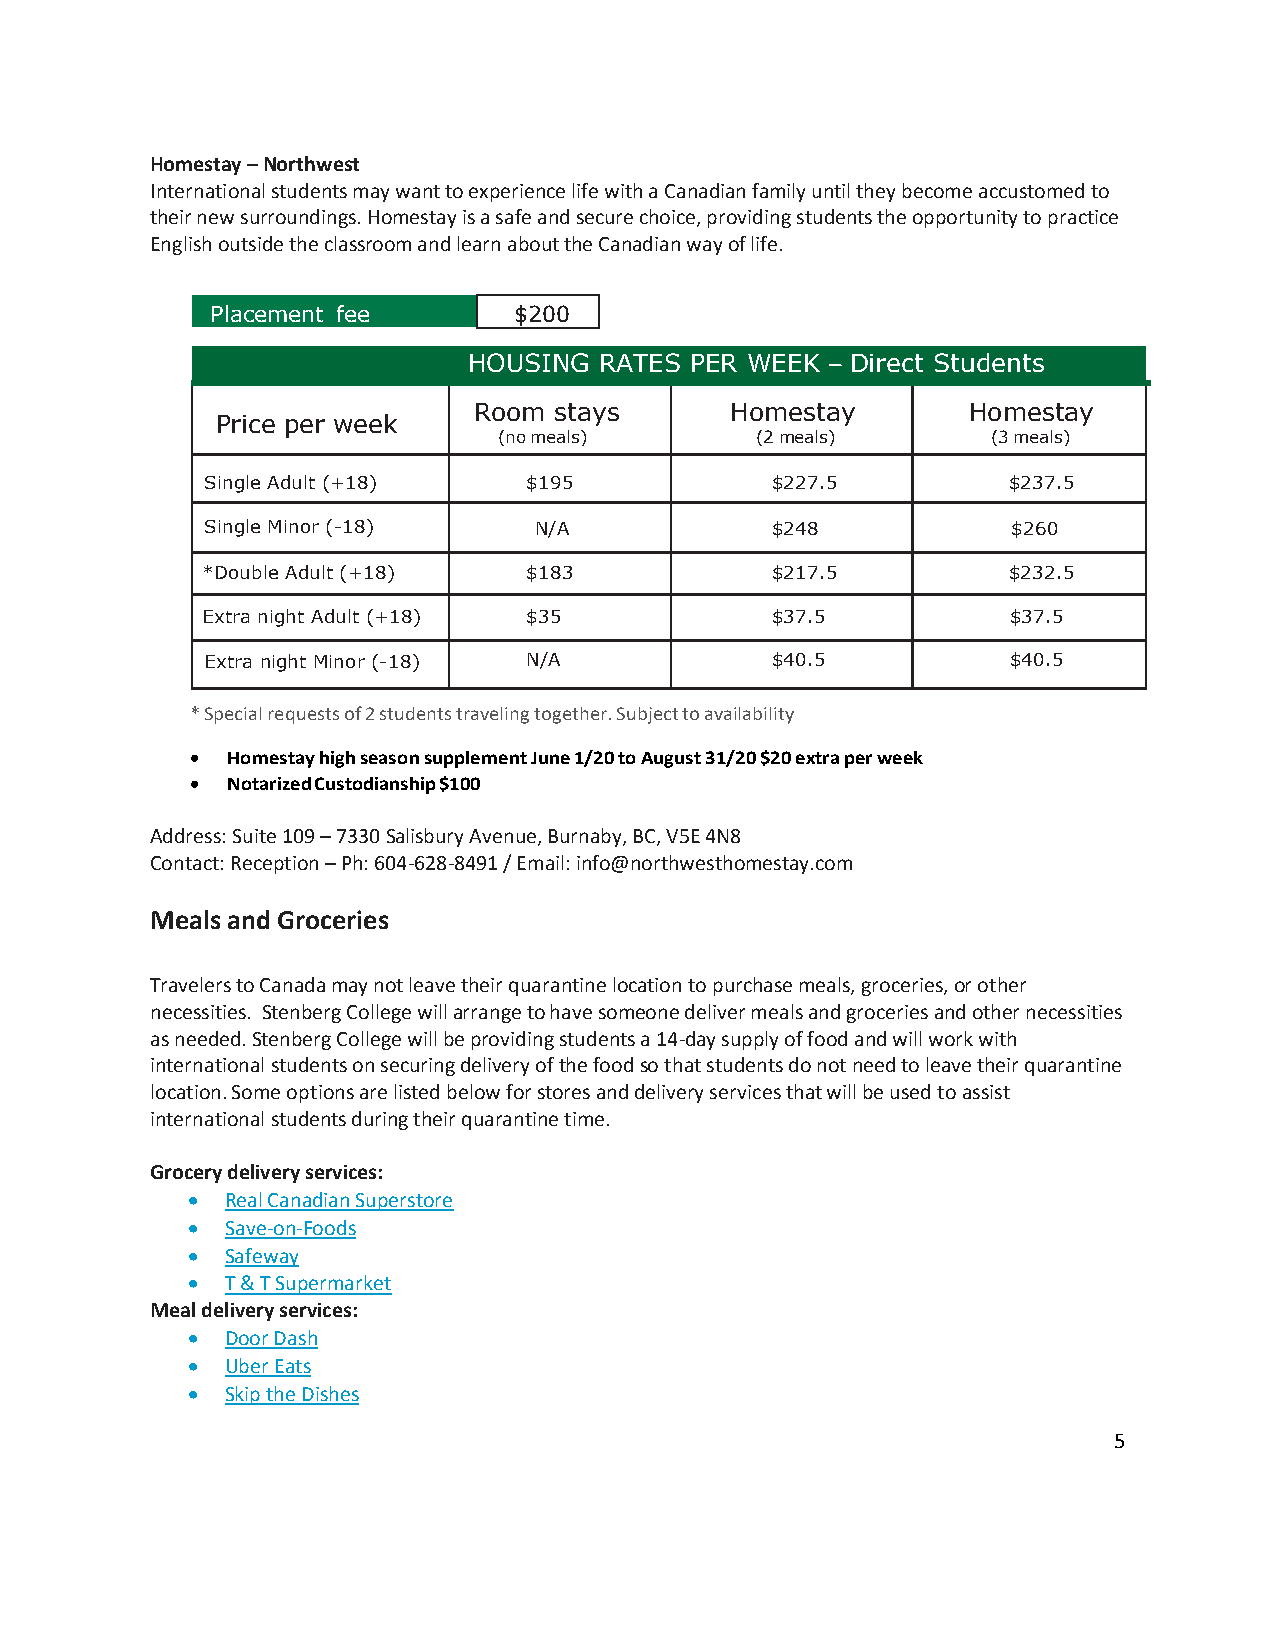
Homestay – Northwest
 International students may want to experience life with a Canadian family until they become accustomed to
 their new surroundings. Homestay is a safe and secure choice, providing students the opportunity to practice
 English outside the classroom and learn about the Canadian way of life.
 Placement fee       $200
 HOUSING  RATES PER WEEK – Direct Students
 Room  stays      Homestay        Homestay
 Price per week
 (no meals)       (2 meals)       (3 meals)
 Single Adult (+18)   $195            $227.5          $237.5
 Single Minor (-18)   N/A             $248            $260
 *Double Adult (+18)   $183            $217.5          $232.5
 Extra night Adult (+18) $35           $37.5           $37.5
 Extra night Minor (-18) N/A          $40.5           $40.5
 * Special requests of 2 students traveling together. Subject to availability
 • Homestay high season supplement June 1/20 to August 31/20 $20 extra per week
 • Notarized Custodianship $100
 Address: Suite 109 – 7330 Salisbury Avenue, Burnaby, BC, V5E 4N8
 Contact: Reception – Ph: 604-628-8491 / Email: info@northwesthomestay.com
 Meals and Groceries
 Travelers to Canada may not leave their quarantine location to purchase meals, groceries, or other
 necessities. Stenberg College will arrange to have someone deliver meals and groceries and other necessities
 as needed. Stenberg College will be providing students a 14-day supply of food and will work with
 international students on securing delivery of the food so that students do not need to leave their quarantine
 location. Some options are listed below for stores and delivery services that will be used to assist
 international students during their quarantine time.
 Grocery delivery services:
 •  Real Canadian Superstore
 •  Save-on-Foods
 •  Safeway
 •  T & T Supermarket
 Meal delivery services:
 •  Door Dash
 •  Uber Eats
 •  Skip the Dishes
 5